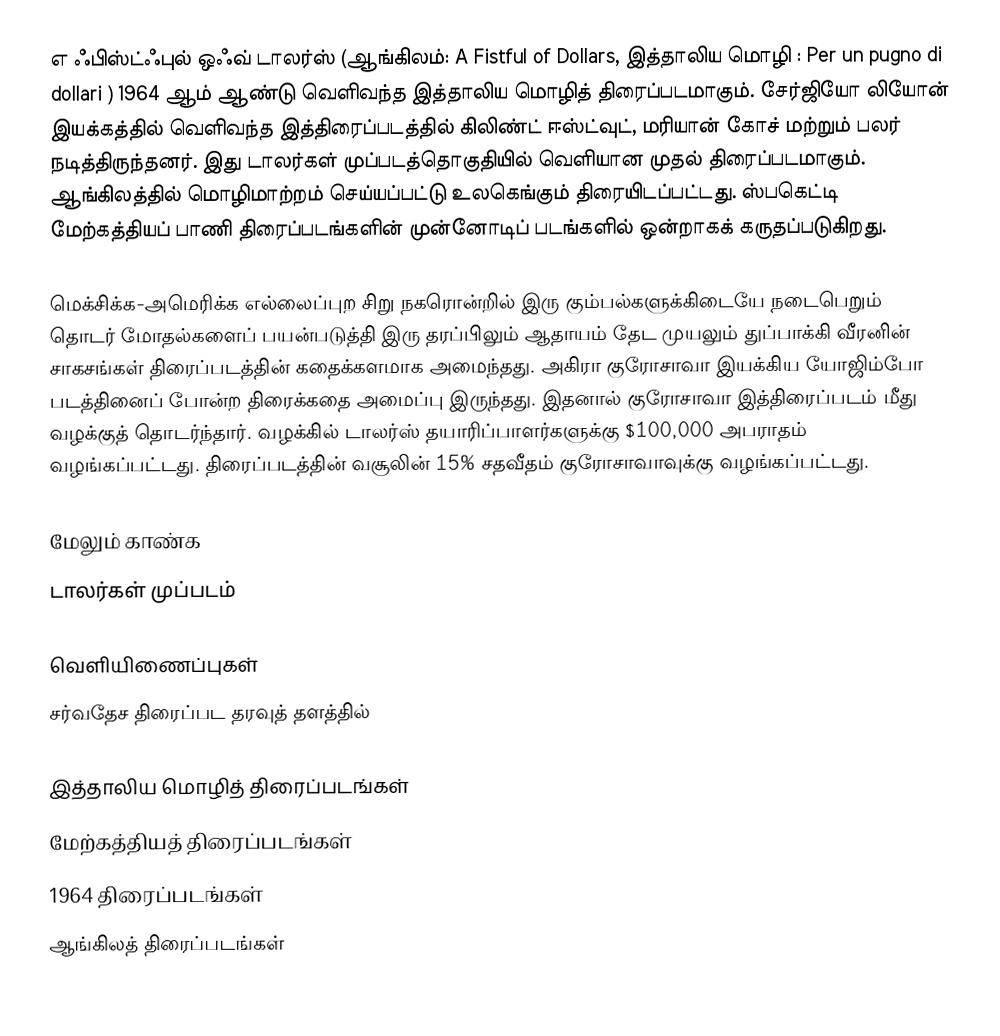
எ ஃபிஸ்ட்ஃபுல் ஒஃவ் டாலர்ஸ் (ஆங்கிலம்: A Fistful of Dollars, இத்தாலிய மொழி : Per un pugno di dollari ) 1964 ஆம் ஆண்டு வெளிவந்த இத்தாலிய மொழித் திரைப்படமாகும். சேர்ஜியோ லியோன் இயக்கத்தில் வெளிவந்த இத்திரைப்படத்தில் கிலிண்ட் ஈஸ்ட்வுட், மரியான் கோச் மற்றும் பலர் நடித்திருந்தனர். இது டாலர்கள் முப்படத்தொகுதியில் வெளியான முதல் திரைப்படமாகும். ஆங்கிலத்தில் மொழிமாற்றம் செய்யப்பட்டு உலகெங்கும் திரையிடப்பட்டது. ஸ்பகெட்டி மேற்கத்தியப் பாணி திரைப்படங்களின் முன்னோடிப் படங்களில் ஒன்றாகக் கருதப்படுகிறது.

மெக்சிக்க-அமெரிக்க எல்லைப்புற சிறு நகரொன்றில் இரு கும்பல்களுக்கிடையே நடைபெறும் தொடர் மோதல்களைப் பயன்படுத்தி இரு தரப்பிலும் ஆதாயம் தேட முயலும் துப்பாக்கி வீரனின் சாகசங்கள் திரைப்படத்தின் கதைக்களமாக அமைந்தது. அகிரா குரோசாவா இயக்கிய யோஜிம்போ படத்தினைப் போன்ற திரைக்கதை அமைப்பு இருந்தது. இதனால் குரோசாவா இத்திரைப்படம் மீது வழக்குத் தொடர்ந்தார். வழக்கில் டாலர்ஸ் தயாரிப்பாளர்களுக்கு $100,000 அபராதம் வழங்கப்பட்டது. திரைப்படத்தின் வசூலின் 15% சதவீதம் குரோசாவாவுக்கு வழங்கப்பட்டது.

மேலும் காண்க
டாலர்கள் முப்படம்

வெளியிணைப்புகள்
சர்வதேச திரைப்பட தரவுத் தளத்தில்

இத்தாலிய மொழித் திரைப்படங்கள்
மேற்கத்தியத் திரைப்படங்கள்
1964 திரைப்படங்கள்
ஆங்கிலத் திரைப்படங்கள்